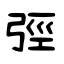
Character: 弳